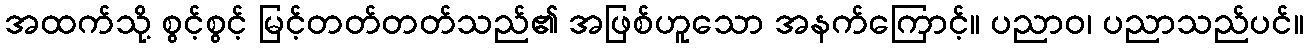
အထက်သို့ စွင့်စွင့် မြင့်တတ်တတ်သည်၏ အဖြစ်ဟူသော အနက်ကြောင့်။ ပညာဝ၊ ပညာသည်ပင်။